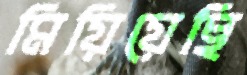
মিয়িয়েছি